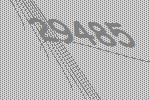
29485